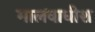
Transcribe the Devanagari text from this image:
मालवाधीश